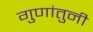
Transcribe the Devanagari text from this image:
गुणांतुनी